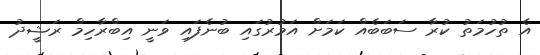
އެ ތުހުމަތު ކުރާ ސަބަބެއް ކަމަށް އަމުރުގައި ބުނެފައި ވަނީ އިބްރާހިމް ރަޝީދު